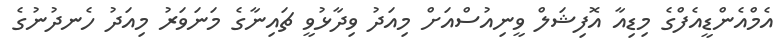
އެމްއެންޑީއެފްގެ މިޑިއާ އޮފިޝަލް ވީނިއުސްއަށް މިއަދު ވިދާޅުވީ ޗައިނާގެ މަނަވަރު މިއަދު ހެނދުނުގެ